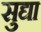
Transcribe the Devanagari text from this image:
सुद्या